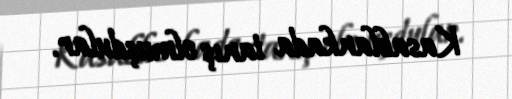
Kasablankada tanış olmuşdular.